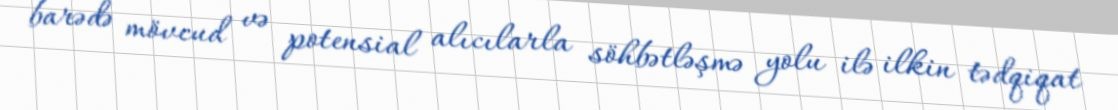
barədə mövcud və potensial alıcılarla söhbətləşmə yolu ilə ilkin tədqiqat